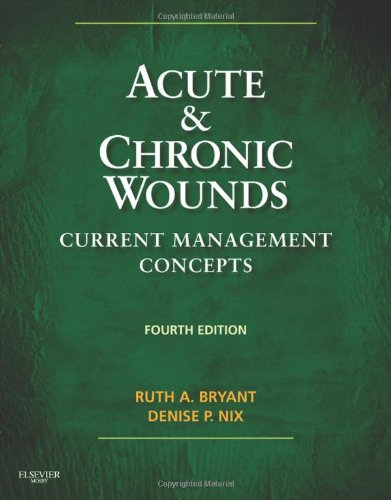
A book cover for Acute and Chronic Wounds: Current Management Concepts, 4e; Ruth Bryant; Medical Books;